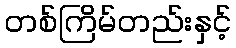
တစ်ကြိမ်တည်းနှင့်